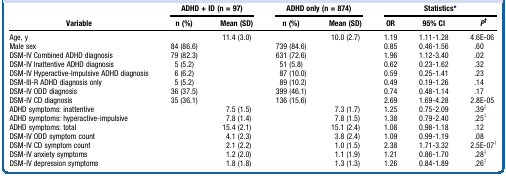
| <ROWSPAN=2> Variable | <COLSPAN=2> ADHD + ID (n = 97) | <COLSPAN=2> ADHD only (n = 874) | <COLSPAN=3> Statistics∗ |
 | n (%) | Mean (SD) | n (%) | Mean (SD) | OR | 95% CI | P† |
 | --- | --- | --- | --- | --- | --- | --- | --- |
 | Age, y |  | 11.4 (3.0) |  | 10.0 (2.7) | 1.19 | 1.11-1.28 | 4.6E-06 |
 | Male sex | 84 (86.6) |  | 739 (84.6) |  | 0.85 | 0.46-1.56 | .60 |
 | DSM-IV Combined ADHD diagnosis | 79 (82.3) |  | 631 (72.6) |  | 1.96 | 1.12-3.40 | .02 |
 | DSM-IV Inattentive ADHD diagnosis | 5 (5.2) |  | 51 (5.8) |  | 0.62 | 0.23-1.62 | .32 |
 | DSM-IV Hyperactive-Impulsive ADHD diagnosis | 6 (6.2) |  | 87 (10.0) |  | 0.59 | 0.25-1.41 | .23 |
 | DSM-III-R ADHD diagnosis only | 5 (5.2) |  | 89 (10.2) |  | 0.49 | 0.19-1.26 | .14 |
 | DSM-IV ODD diagnosis | 36 (37.5) |  | 399 (46.1) |  | 0.74 | 0.48-1.14 | .17 |
 | DSM-IV CD diagnosis | 35 (36.1) |  | 136 (15.6) |  | 2.69 | 1.69-4.28 | 2.8E-05 |
 | ADHD symptoms: inattentive |  | 7.5 (1.5) |  | 7.3 (1.7) | 1.25 | 0.75-2.09 | .39‡ |
 | ADHD symptoms: hyperactive-impulsive |  | 7.8 (1.4) |  | 7.8 (1.5) | 1.38 | 0.79-2.40 | .25‡ |
 | ADHD symptoms: total |  | 15.4 (2.1) |  | 15.1 (2.4) | 1.08 | 0.98-1.18 | .12 |
 | DSM-IV ODD symptom count |  | 4.1 (2.3) |  | 3.8 (2.4) | 1.09 | 0.99-1.19 | .08 |
 | DSM-IV CD symptom count |  | 2.1 (2.2) |  | 1.0 (1.5) | 2.38 | 1.71-3.32 | 2.5E-07‡ |
 | DSM-IV anxiety symptoms |  | 1.2 (2.0) |  | 1.1 (1.9) | 1.21 | 0.86-1.70 | .28‡ |
 | DSM-IV depression symptoms |  | 1.8 (1.8) |  | 1.3 (1.3) | 1.26 | 0.84-1.89 | .26‡ |